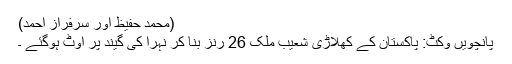
(محمد حفیظ اور سرفراز احمد)
پانچویں وکٹ: پاکستان کے کھلاڑی شعیب ملک 26 رنز بنا کر نہرا کی گیند پر آوٹ ہوگئے ۔